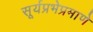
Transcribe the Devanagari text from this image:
सूर्यप्रभेप्रमाणे